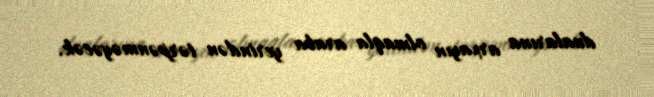
dualarına arxayın olmaqla araba yerindən tərpənməyəcək.